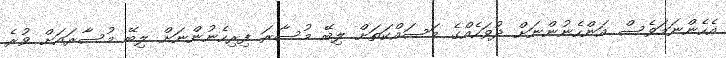
އެހެންނަމަވެސް އަންހެނުންނަށް ދުވަހެއްގެ މަސައްކަތަށް ލިބޭ މުސާރަ ފިރިހެނުންނަށް ލިބޭ މުސާރައަށް ވުރެ